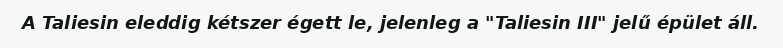
A Taliesin eleddig kétszer égett le, jelenleg a "Taliesin III" jelű épület áll.